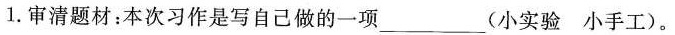
1.审清题材：本次习作是写自己做的一项_____(小实验小手工)。